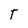
Character: T